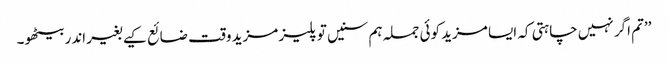
’’تم اگر نہیں چاہتی کہ ایسا مزید کوئی جملہ ہم سنیں تو پلیز مزید وقت ضائع کیے بغیر اندر بیٹھو۔